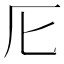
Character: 𠨬